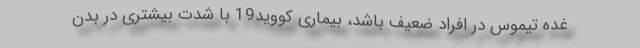
غده تیموس در افراد ضعیف باشد، بیماری کووید19 با شدت بیشتری در بدن